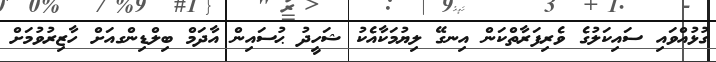
ގުޅުއްވައި ސައިކަލުގެ ވެރިފަރާތްކަން އިނގޭ ލިޔުމަކާއެކު ޝަހީދު ޙުސައިން އާދަމް ބިލްޑިންގއަށް ހާޒިރުވުމަށް